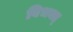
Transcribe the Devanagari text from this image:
विभक्त्